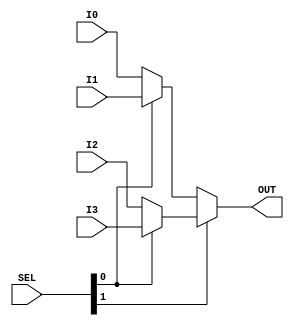
module RISCV_Mux4x1(I0,I1,I2,I3,SEL,OUT);

input [31:0]I0;
input [31:0]I1;
input [31:0]I2;
input [31:0]I3;
input [1:0]SEL;
output [31:0]OUT;

assign OUT = SEL[1]?(SEL[0]?I3:I2):(SEL[0]?I1:I0);
endmodule